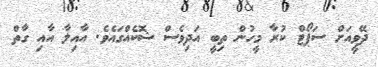
ދޭވީއަށް ސަޕޯޓް ކުރާ މީހުން ތިބީ އަދިވެސް ޝޮކެއްގައެވެ. އާއިލާ އާއި ގާތް